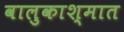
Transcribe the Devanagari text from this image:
वालुकाश्मात